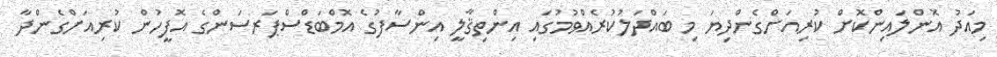
މިއަދު އޮންލައިންކޮށް ކުރިއަށްގެންދިޔަ މި ބައްދަލުކުރެއްވުމުގައި އިންތިޤާލީ އިންސާފުގެ އޮމްބަޑްސްޕަރސަންގެ އޮފީހުން ކުރިއަށްގެންދާ